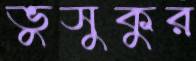
ভুসুকুর